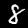
Digit: 8